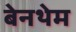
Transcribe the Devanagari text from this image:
बेनथेम